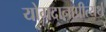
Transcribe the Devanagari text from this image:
योगदानाप्रीत्यर्थ